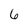
Character: 6